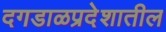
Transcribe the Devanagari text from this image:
दगडाळप्रदेशातील